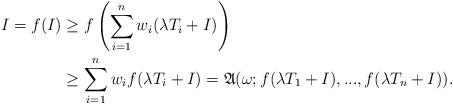
LaTeX: \begin{align*}I=f(I) & \geq f\left( \sum_{i=1}^{n}w_{i}(\lambda T_{i}+I)\right) \\& \geq \sum_{i=1}^{n}w_{i}f(\lambda T_{i}+I) =\frak{A}(\omega; f(\lambda T_{1}+I),...,f(\lambda T_{n}+I)).\end{align*}